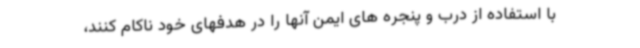
با استفاده از درب و پنجره های ایمن آنها را در هدفهای خود ناکام کنند،